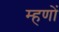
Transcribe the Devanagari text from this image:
म्हणों